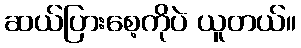
ဆယ်ပြားစေ့ကိုပဲ ယူတယ်။